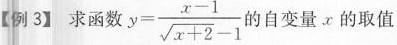
【例3】求函数 $$y= \frac{x-1}{\sqrt{x+2}-1}$$ 的自变量x的取值